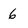
Character: 6